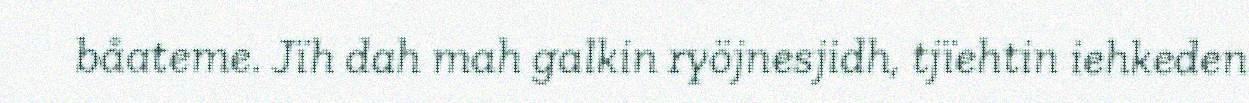
båateme. Jïh dah mah galkin ryöjnesjidh, tjïehtin iehkeden